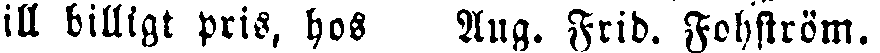
ill billigt pris, hos Aug. Frid. Fohström.